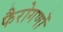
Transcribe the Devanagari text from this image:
फैरोगणों